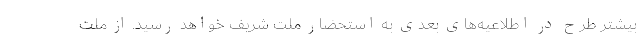
بیشتر طرح در اطلاعیه‌های بعدی به استحضار ملت شریف خواهد رسید. از ملت